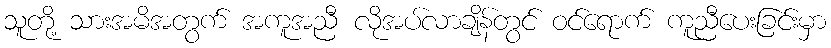
သူတို့ သားအမိအတွက် အကူအညီ လိုအပ်လာချိန်တွင် ဝင်ရောက် ကူညီပေးခြင်းမှာ